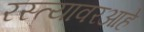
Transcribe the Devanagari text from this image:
रस्त्यावरआहे